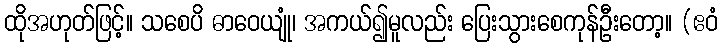
ထိုအဟုတ်ဖြင့်။ သစေပိ ဓာဝေယျုံ၊ အကယ်၍မူလည်း ပြေးသွားစေကုန်ဦးတော့။ (ဧဝံ